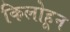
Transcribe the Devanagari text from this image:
किलोहून